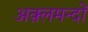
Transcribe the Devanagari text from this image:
अक़्लमन्दों